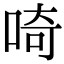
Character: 𠵇